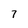
Character: 7